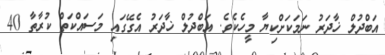
އަބްދުލް ޚާދަރު ނަމަކަށްކިޔާ މީހެކެވެ. އަބްދުލް ޚާދަރު އެގޭގައި މަސައްކަތް ކުރާތާ 40